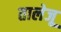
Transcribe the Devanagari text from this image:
तालेजू